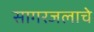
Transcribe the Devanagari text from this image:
सागरजलाचे